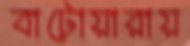
বাটোয়ারায়